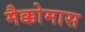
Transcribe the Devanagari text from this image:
मैक्कोमास